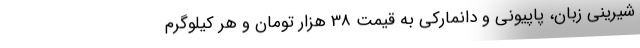
شیرینی زبان، پاپیونی و دانمارکی به قیمت 38 هزار تومان و هر کیلوگرم